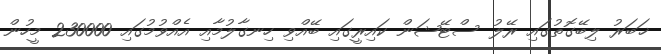
ޚަބަރު ލިބޭގޮތުގައި ރޭލު ސްޓޭޝަން ކައިރީގައި ބޭއްވި ހިނގާލުމާއި އެއްވުމުގައި 230000 މީހުން